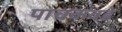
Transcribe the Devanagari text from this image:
पाचकवडे